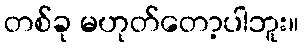
တစ်ခု မဟုတ်တော့ပါဘူး။